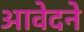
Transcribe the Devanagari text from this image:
आवेदने